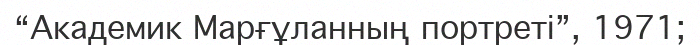
“Академик Марғұланның портреті”, 1971;